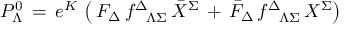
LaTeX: { \cal P } _ { \Lambda } ^ { 0 } \, = \, e ^ { \cal K } \, \left( \, F _ { \Delta } \, f _ { \phantom { \Delta } \Lambda \Sigma } ^ { \Delta } \, { \bar { X } } ^ { \Sigma } \, + \, { \bar { F } } _ { \Delta } \, f _ { \phantom { \Delta } \Lambda \Sigma } ^ { \Delta } \, { X } ^ { \Sigma } \right)